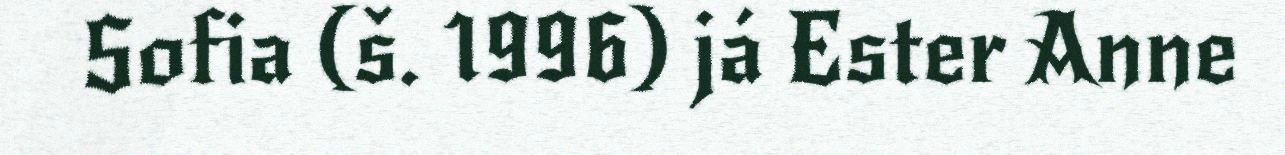
Sofia (š. 1996) já Ester Anne